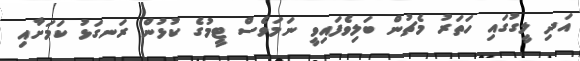
އަދި ލީގުގައި ހަތަރު މެޗުން ބަލިވެފައިވީ ނަމަވެސް ޓީމުގެ ކުޅުން ރަނގަޅު ކަމަށާއި